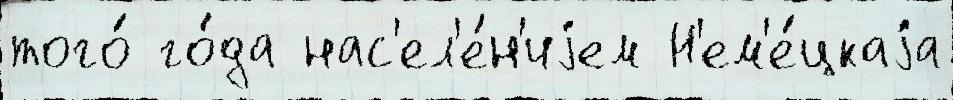
того́ го́да нас'ел'е́н'иjем Н'ем'е́цкаjа